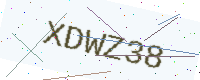
Text: XDWZ38